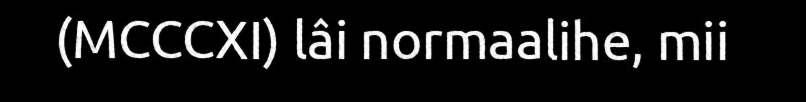
(MCCCXI) lâi normaalihe, mii